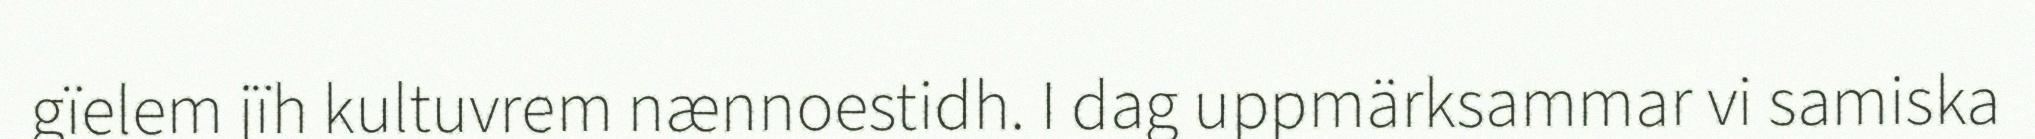
gïelem jïh kultuvrem nænnoestidh. I dag uppmärksammar vi samiska